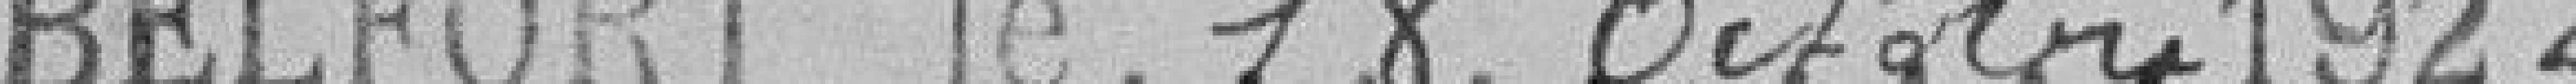
Belfort le 16 octobre 1922